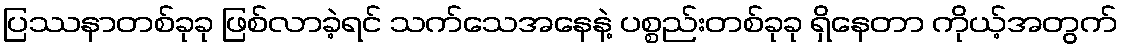
ပြဿနာတစ်ခုခု ဖြစ်လာခဲ့ရင် သက်သေအနေနဲ့ ပစ္စည်းတစ်ခုခု ရှိနေတာ ကိုယ့်အတွက်